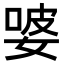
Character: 𭒂